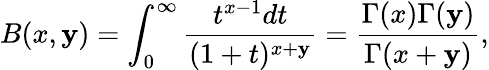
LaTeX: B(x,\mathbf{y})=\int_{0}^{\infty}\frac{{t^{x-1}dt}}{{(1+t)^{x+\mathbf{y}}}}=\frac{{\Gamma(x)\Gamma(\mathbf{y})}}{{\Gamma(x+\mathbf{y})}},